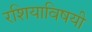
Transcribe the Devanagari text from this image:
रशियाविषयी